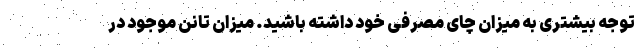
توجه بیشتری به میزان چای مصرفی خود داشته باشید. میزان تانن موجود در